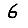
Digit: 6